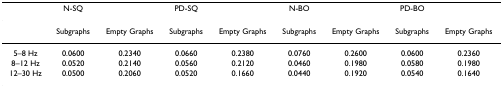
<table><thead><tr><td></td><td><b>N-SQ</b></td><td></td><td><b>PD-SQ</b></td><td></td><td><b>N-BO</b></td><td></td><td><b>PD-BO</b></td><td></td></tr></thead><tbody><tr><td></td><td>Subgraphs</td><td>Empty Graphs</td><td>Subgraphs</td><td>Empty Graphs</td><td>Subgraphs</td><td>Empty Graphs</td><td>Subgraphs</td><td>Empty Graphs</td></tr><tr><td>5–8 Hz</td><td>0.0600</td><td>0.2340</td><td>0.0660</td><td>0.2380</td><td>0.0760</td><td>0.2600</td><td>0.0600</td><td>0.2360</td></tr><tr><td>8–12 Hz</td><td>0.0520</td><td>0.2140</td><td>0.0560</td><td>0.2120</td><td>0.0460</td><td>0.1980</td><td>0.0580</td><td>0.1980</td></tr><tr><td>12–30 Hz</td><td>0.0500</td><td>0.2060</td><td>0.0520</td><td>0.1660</td><td>0.0440</td><td>0.1920</td><td>0.0540</td><td>0.1640</td></tr></tbody></table>